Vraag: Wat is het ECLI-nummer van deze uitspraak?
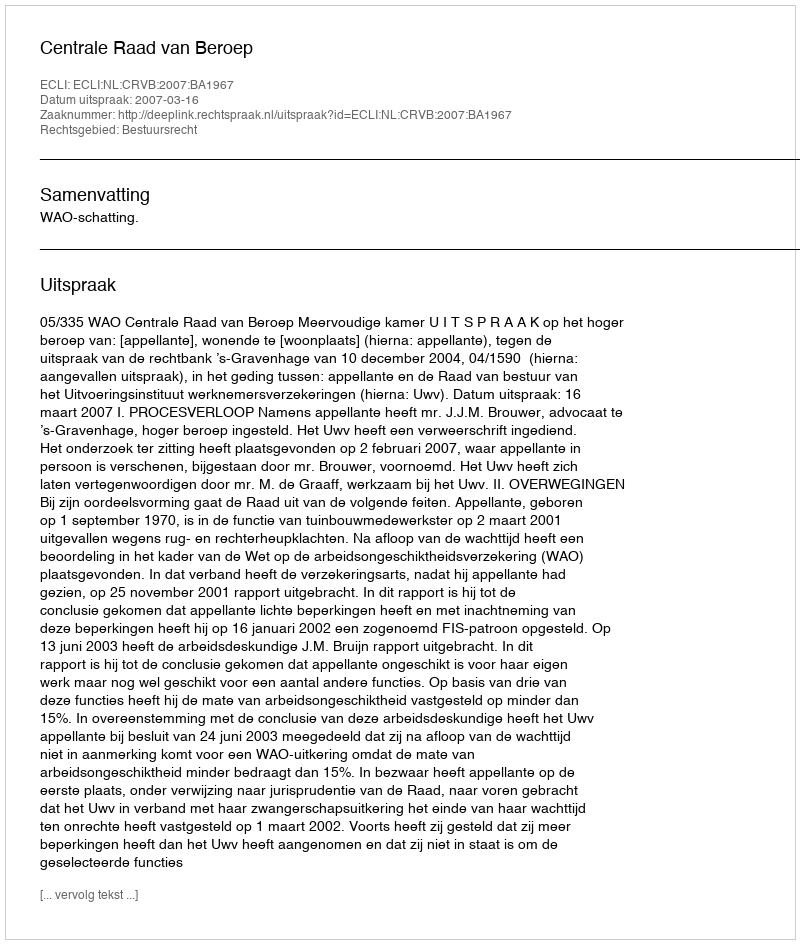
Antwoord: ECLI:NL:CRVB:2007:BA1967